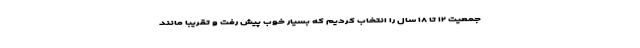
جمعیت ۱۲ تا ۱۸ سال را انتخاب کردیم که بسیار خوب پیش رفت و تقریبا مانند